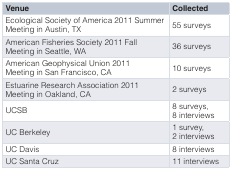
<table><thead><tr><td><b>Venue</b></td><td><b>Collected</b></td></tr></thead><tbody><tr><td>Ecological Society of America 2011 SummerMeeting in Austin, TX</td><td>55 surveys</td></tr><tr><td>American Fisheries Society 2011 FallMeeting in Seattle, WA</td><td>36 surveys</td></tr><tr><td>American Geophysical Union 2011Meeting in San Francisco, CA</td><td>10 surveys</td></tr><tr><td>Estuarine Research Association 2011Meeting in Oakland, CA</td><td>2 surveys</td></tr><tr><td>UCSB</td><td>8 surveys,8 interviews</td></tr><tr><td>UC Berkeley</td><td>1 survey,2 interviews</td></tr><tr><td>UC Davis</td><td>8 interviews</td></tr><tr><td>UC Santa Cruz</td><td>11 interviews</td></tr></tbody></table>